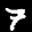
Label: 7